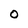
Character: O